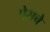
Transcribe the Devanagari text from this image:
पेसचे